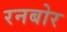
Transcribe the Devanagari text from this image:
रनबोर